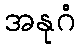
အနုဂံ